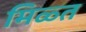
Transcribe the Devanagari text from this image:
मिळ्त